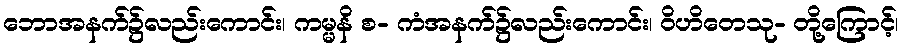
ဘောအနက်၌လည်းကောင်း၊ ကမ္မနိ စ- ကံအနက်၌လည်းကောင်း၊ ဝိဟိတေသု- တို့ကြောင့်၊